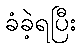
ခံခဲ့ရပြီး